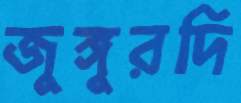
জুঙ্গুরদি